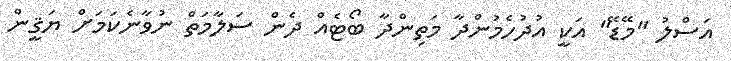
އަސްލު "މޭޑޭ" އަކީ އުދުހެމުންދާ މަތިންދާ ބޯޓެއް ދެން ސަލާމަތް ނުވާނެކަމަށް ޔަޤީން